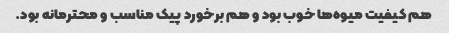
هم کیفیت میوه‌ها خوب بود و هم برخورد پیک مناسب و محترمانه بود.